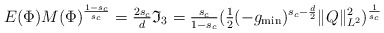
\begin{align*}E(\Phi) M(\Phi)^{\frac{1-s_c}{s_c}}={} \tfrac{2s_c}{d} \mathfrak{I}_3 ={} \tfrac{s_c}{1-s_c} (\tfrac12(-g_{\min})^{s_c-\frac{d}{2}} \|Q\|_{L^2}^2)^{\frac{1}{s_c}}\end{align*}